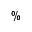
\%